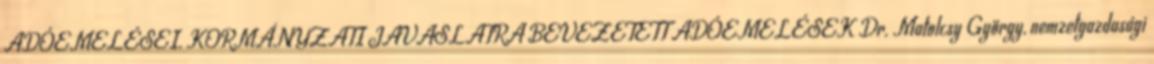
ADÓEMELÉSEI. KORMÁNYZATI JAVASLATRA BEVEZETETT ADÓEMELÉSEK Dr. Matolcsy György, nemzetgazdasági